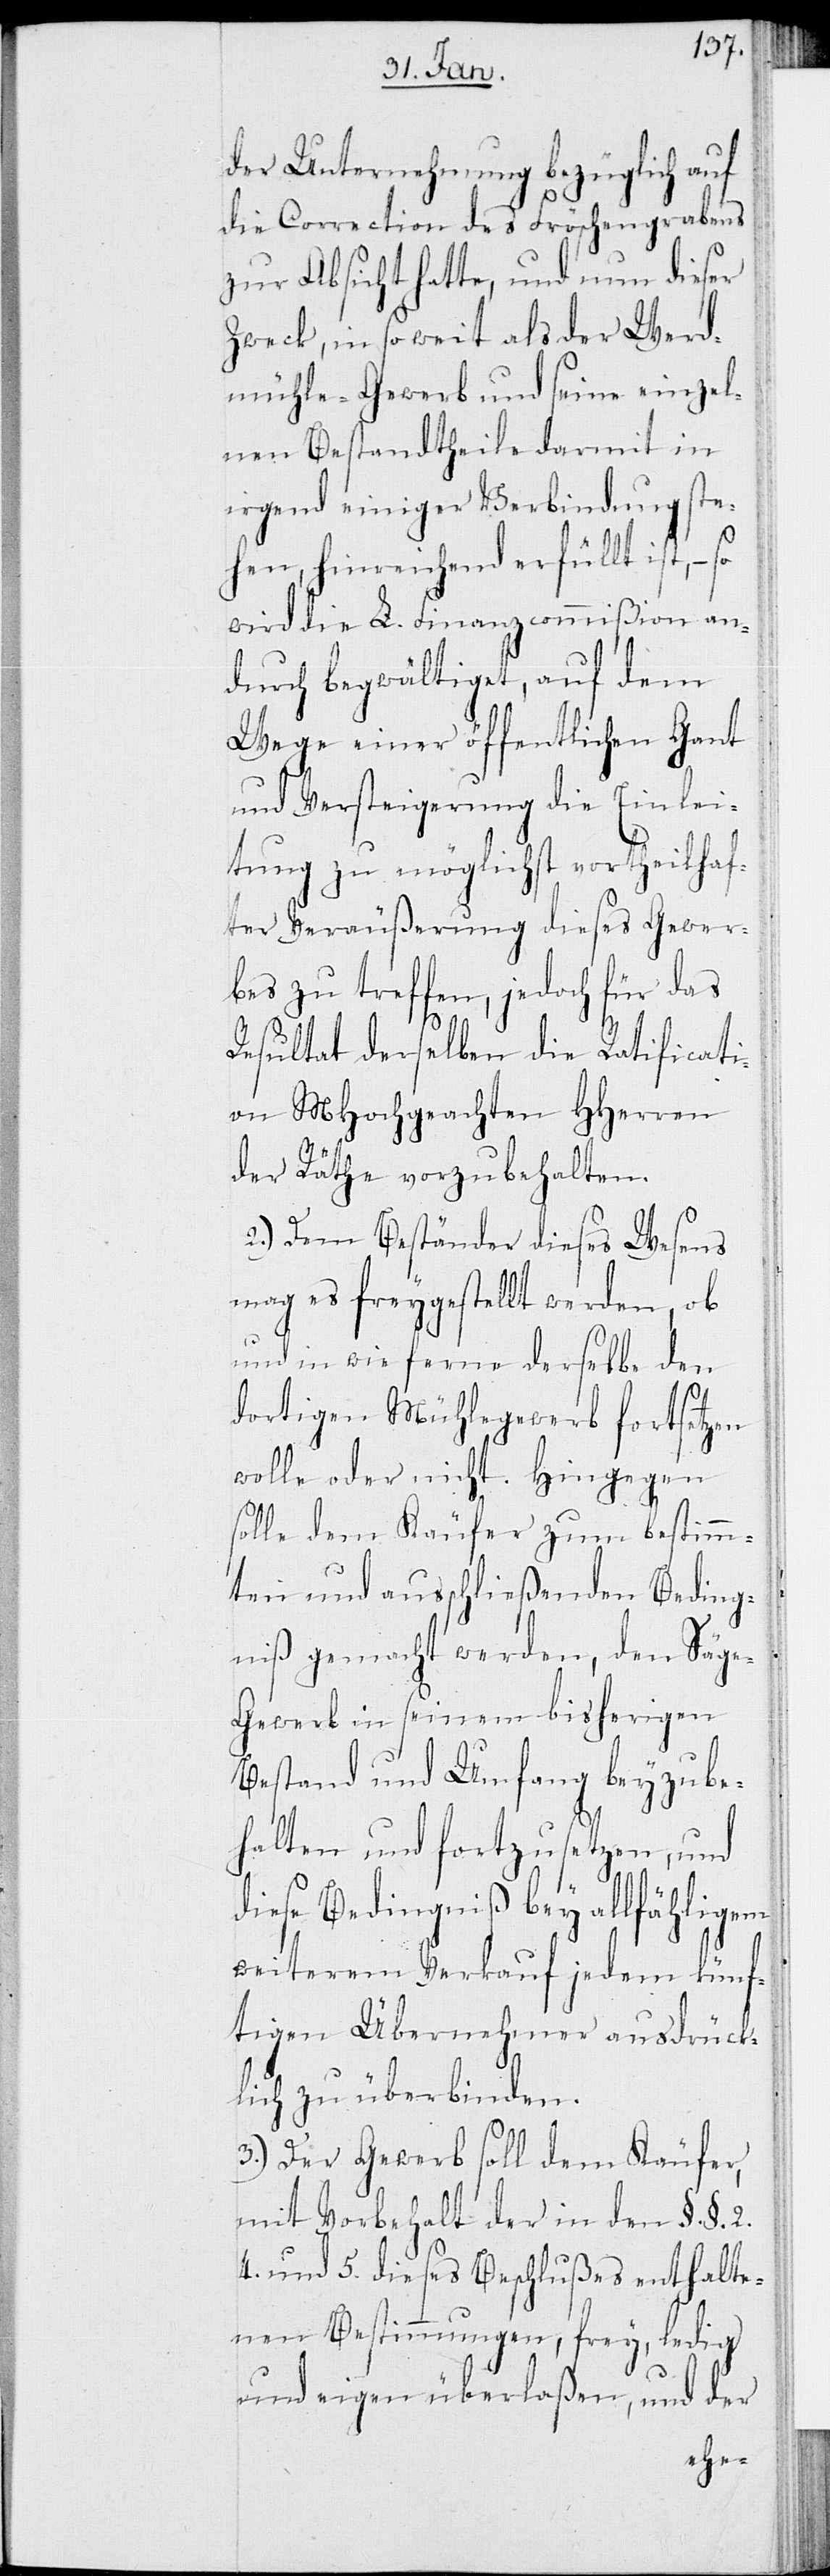
der Unternehmung bezüglich auf
die Correction des Fröschengrabens
zur Absicht hatte, und nun dieser
Zweck, insoweit als der Werd¬
mühle-Gewerb und seine einzel¬
nen Bestandtheile darmit in
irgend einiger Verbindung ste¬
hen, hinreichend erfüllt, ist,
wird die L. Finanzcommißion an¬
durch begwältiget, auf dem
Wege einer öffentlichen Gant
und Versteigerung die Einlei¬
tung zu möglichst vortheilhaf¬
ter Veräußerung dieses Gewer¬
bes zu treffen, jedoch für das
Resultat derselben die Ratificati¬
on MHochgeachten HHerren
der Räthe vorzubehalten.
2.) Dem Beständer dieses Wesens
mag es freygestellt werden, ob
und in wie ferne derselbe den
dortigen Mühlegewerb fortsetzen
wolle, oder nicht. Hingegen
solle dem Käufer zum bestimm¬
ten und ausschließenden Beding¬
niß gemacht werden, den Säg¬
e-Gewerb in seinem bisherigen
Bestand und Umfang beyzube¬
halten und fortzusetzen, und
diese Bedingniß bey allfähligem
weiterem Verkauf jedem künf¬
tigen Übernehmer ausdrück¬
lich zu überbinden.
3.) Der Gewerb soll dem Käufer
mit Vorbehalt der in den §.§. 2.
4. und 5. dieses Beschlußes enthalte¬
nen Bestimmungen, frey, ledig
und eigen überlaßen, und der